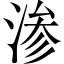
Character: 渗